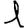
Digit: 1